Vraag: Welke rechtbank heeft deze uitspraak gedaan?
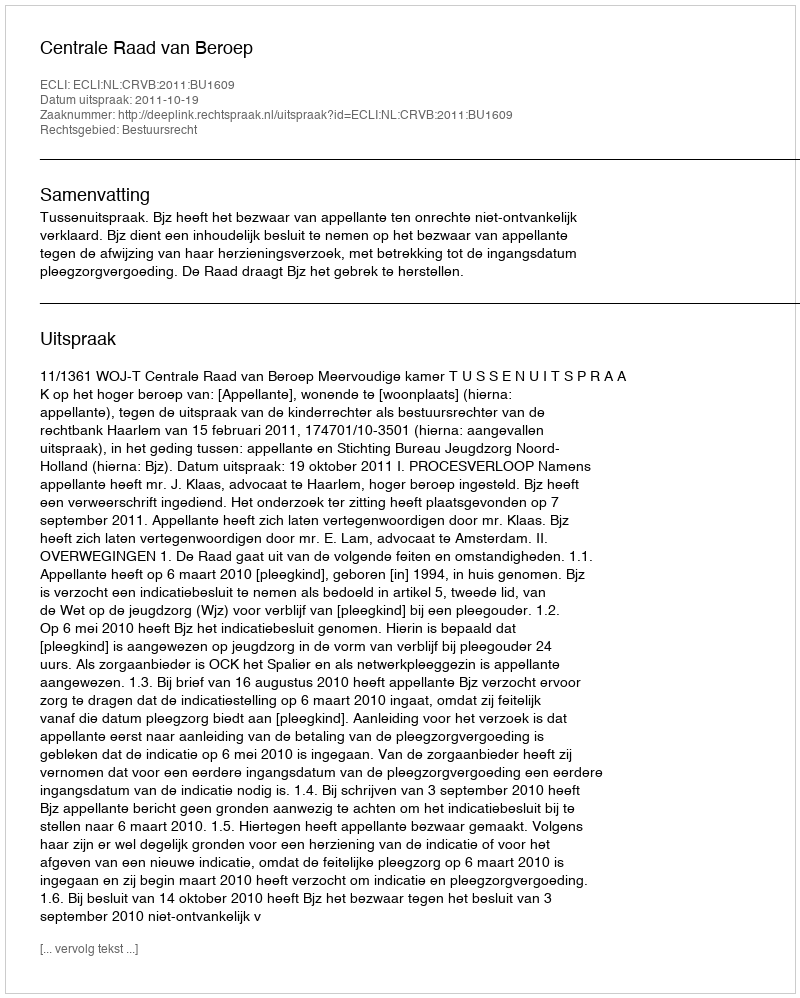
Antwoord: Centrale Raad van Beroep